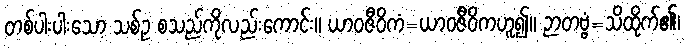
တစ်ပါးပါးသော သစ်ဥ စသည်ကိုလည်းကောင်း။ ယာဝဇီဝိကံ=ယာဝဇီဝိကဟူ၍။ ဉာတဗ္ဗံ=သိထိုက်၏၊